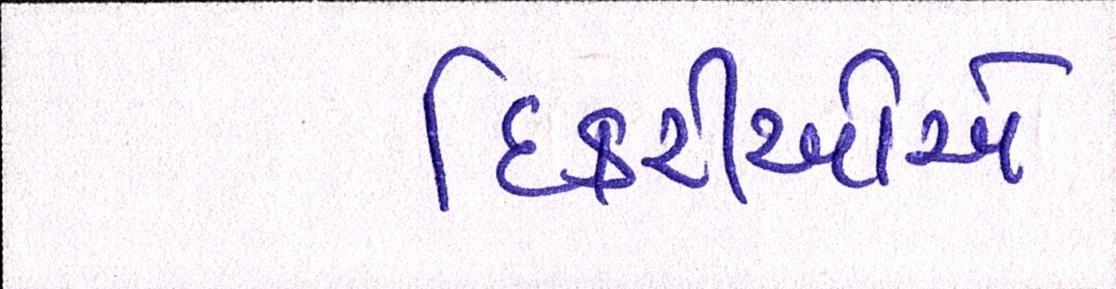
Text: દિકરીઓએ